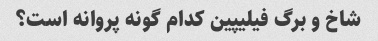
شاخ و برگ فیلیپین کدام گونه پروانه است؟